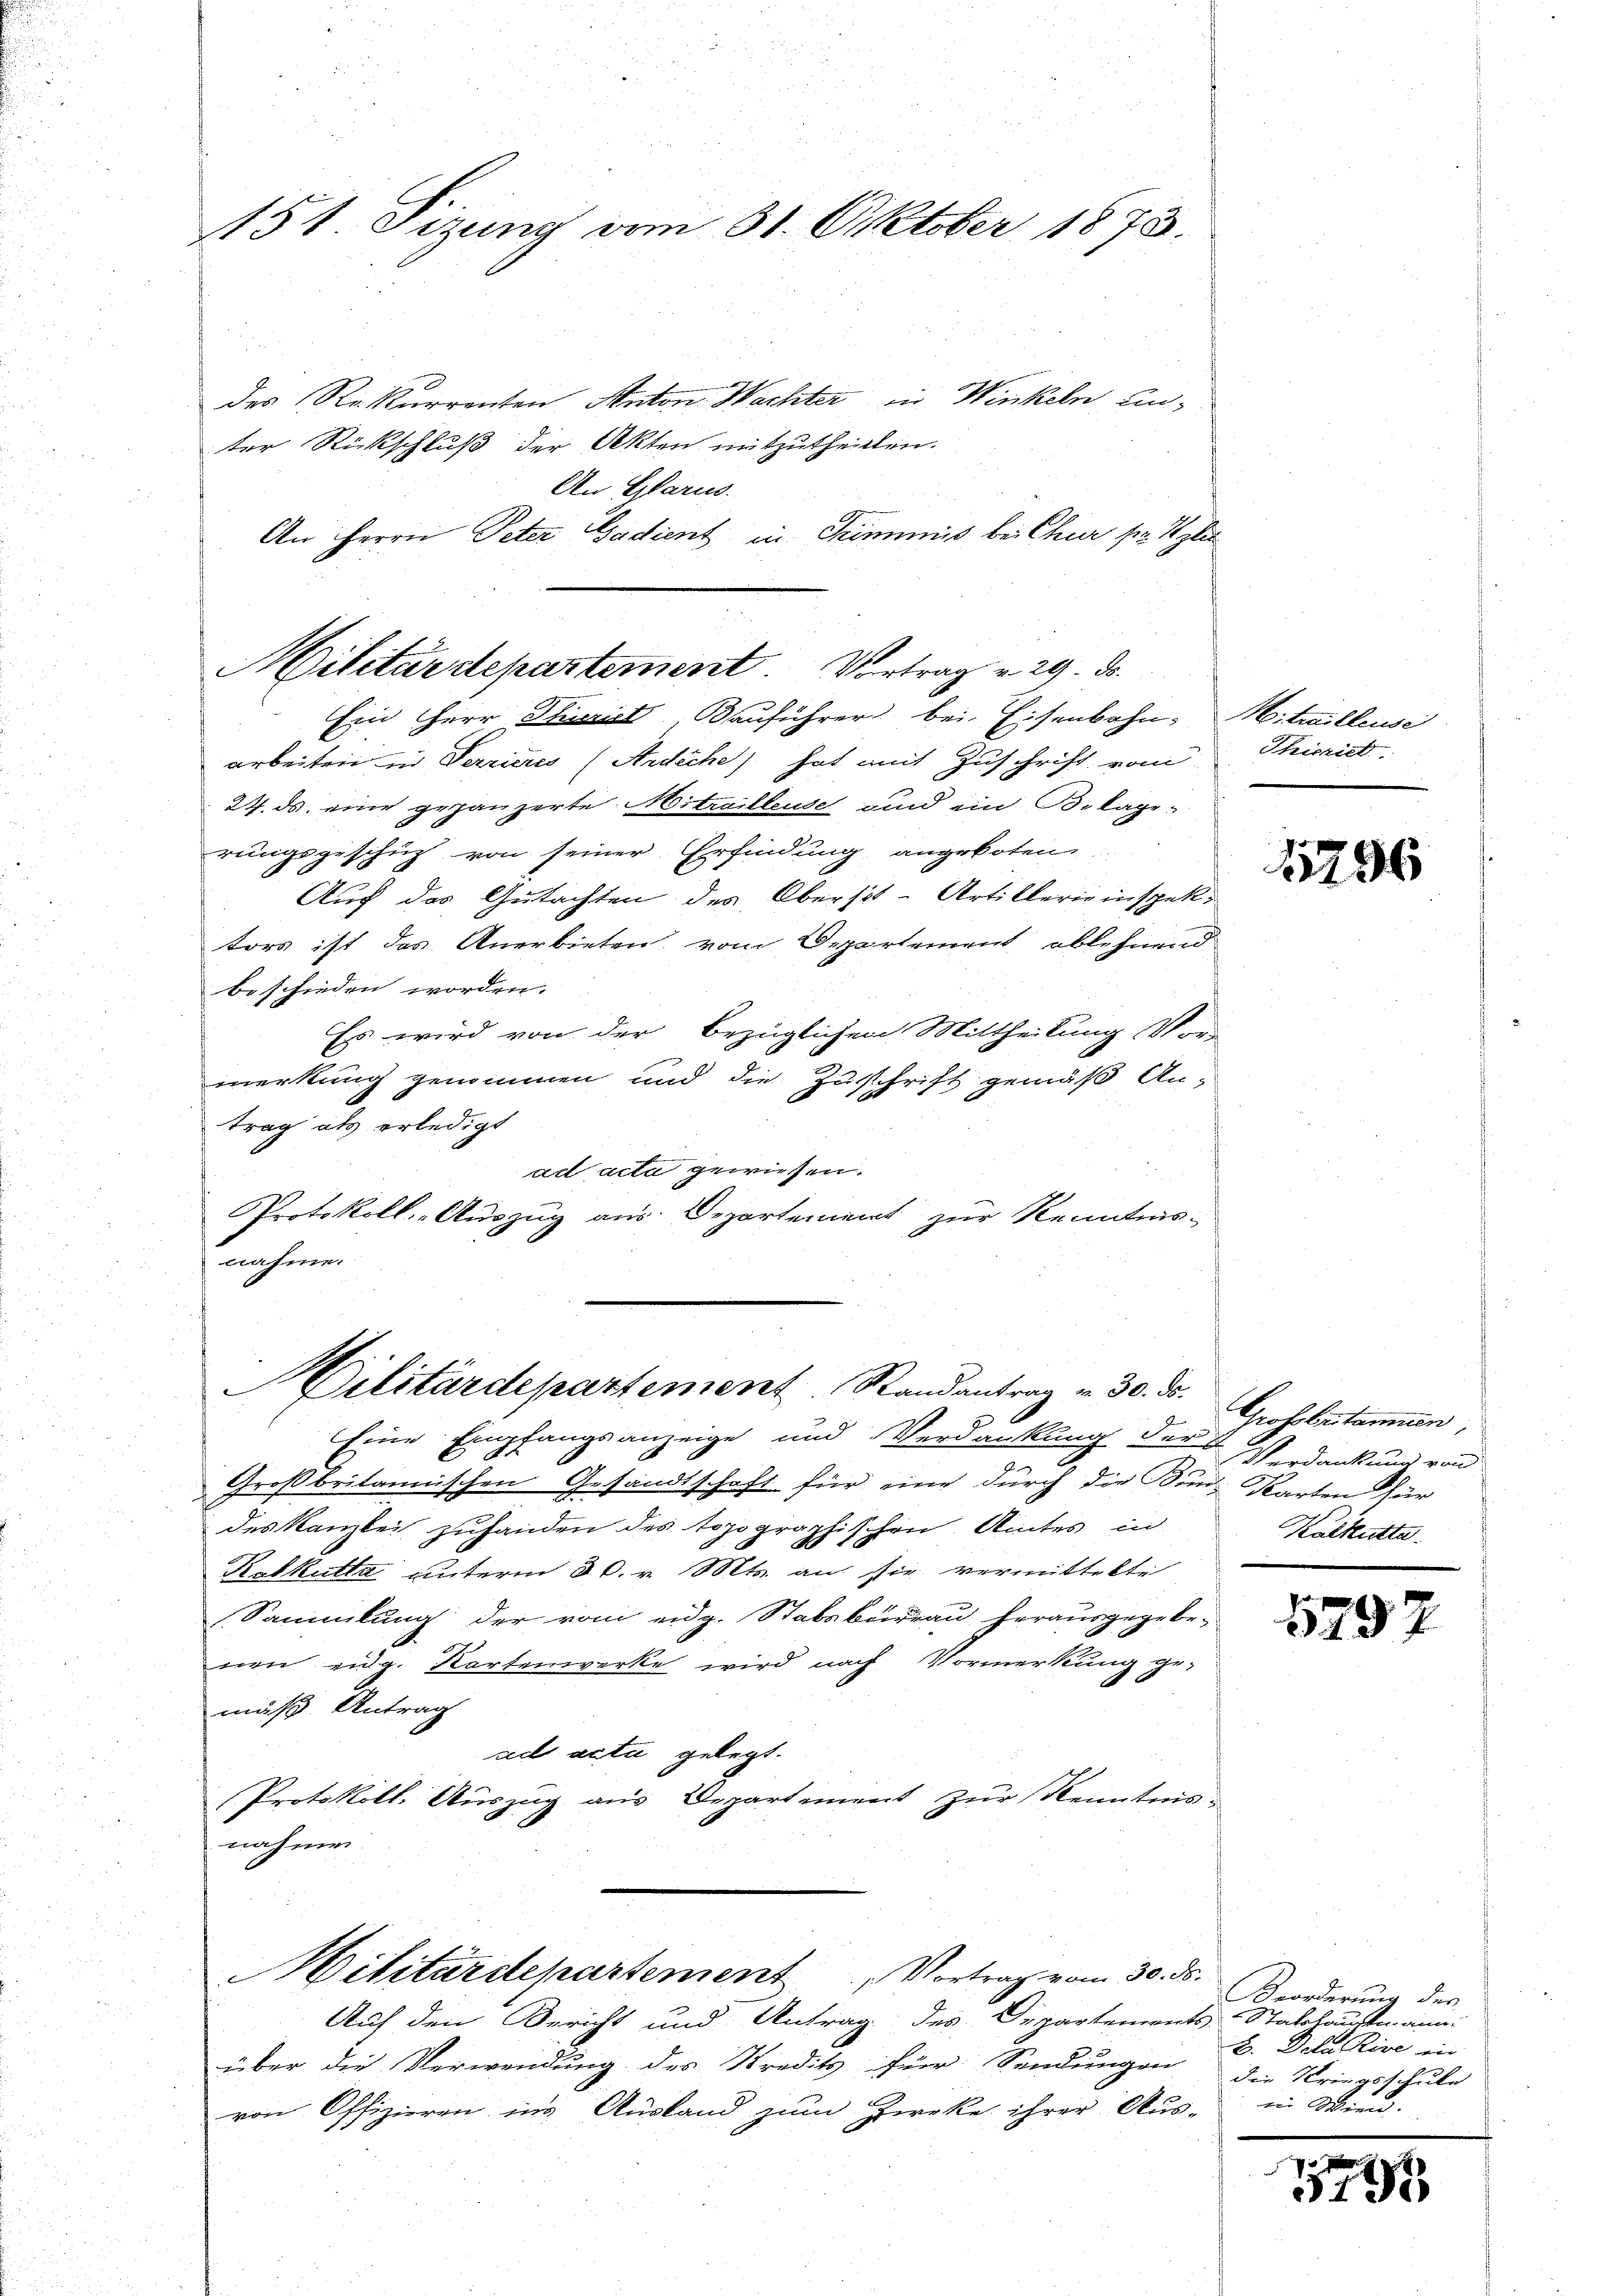
des Rekurrenten Anton Wachter die Winkeln ein-
ter Rückschluß der Akten mitzutheilten.
An Glarus.
An Herrn Peter Gadient in Trimmis bei Chur ser Szlie

151. Sizung vom 31. Oktober 1873.

Militärdepartement Vortrag v. 29. ds.

Ein Herr Prinziel, Bauführer bei Eisenbahn-Mitwilleuse
arbeiten in Terrieres (Ardiche) hat mit Zuschrift vom
27. ds. eine gezänzerte Mittailleuse und ein Belage-
rungsgeschig von seiner Erfindung angeboten,
Auch das Gutachten des Oberst-Artillerie inspektors ist das Anerbieten, vom Departement ablehnend
beschieden worden.
Es wird von der bezüglichen Mittheilung Vor-
merkung genommen und die Zuschrift gemäß An-
trag als erledigt
ad acta gewiesen.
Protokolls-Auszug aus Departement zur Kenntnis-
nahme.

Eine Empfangsanzeige und Verdankung der Verdankung von
Großbritannischen Gesandtschaft für eine durch die Bund Karten für
des Kanzlei zuhanden des topographischen Amtes in
Kalkutta unterm 30. v. Mts. an sie vermittelte
(Sammlung der vom eidg. Stabsbureau herausgegebe-
nen eidg. Kartenwerke wird nach Vormerkung ge-
mäß. Antrag
ad acta gelegt.
Protokoll. Auszug aus Departement zur Kenntnis-
nahmen.
Militärdepartement, Vortrag vom 30. ds.
Auf den Bericht und Antrag des Departements Stabshauptmann.
über die Verwendung des Kredits für Sendungen die Kriegsschule
von Offizieren ins Ausland zum Zieke ihrer Aus-

Cilitärdepartement Randantrag v. 30. ds. Gros bestammen,

Thicriet

1796

Kalkutta.

5792

Brorderung des
B. Dilu Rive in
iin Wien.

2
5190